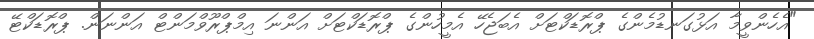
"އެހެންވީމާ އަޅުގަނޑުމެންގެ ޕްރޮޑަކްޓަށް އެބަޖެހޭ އެމީހުންގެ ޕްރޮޑަކްޓަށް އަންނަ އިމްޕްރޫވްމަންޓް އަންނަން. ޕްރޮޑަކްޓޭ